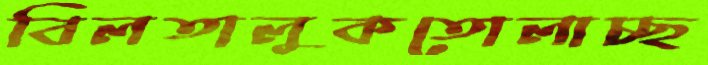
বিলতালুকতোলাচ্ছ